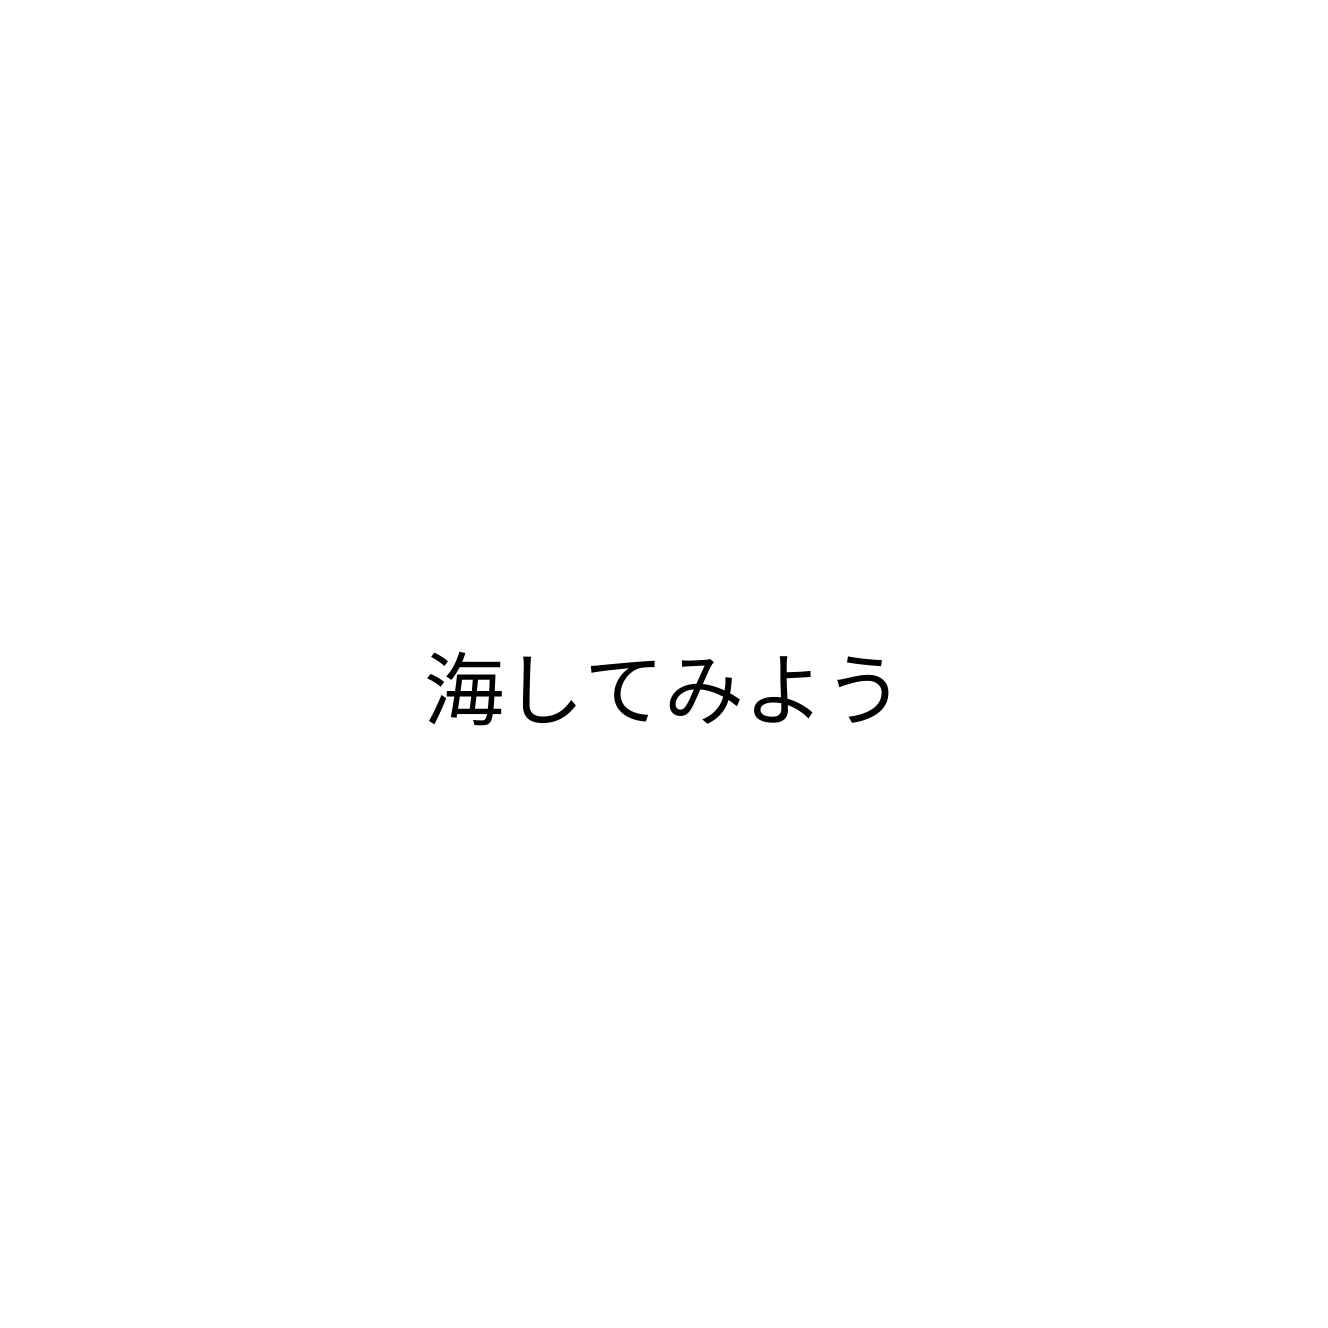
海してみよう